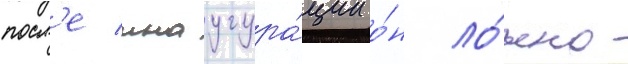
посл'е инаугура́ции о́н ло́жно